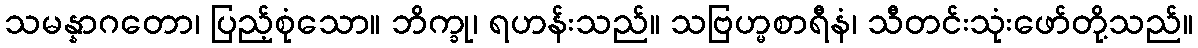
သမန္နာဂတော၊ ပြည့်စုံသော။ ဘိက္ခု၊ ရဟန်းသည်။ သဗြဟ္မစာရီနံ၊ သီတင်းသုံးဖော်တို့သည်။